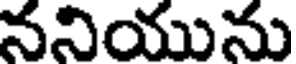
ననియును